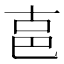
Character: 𰅶